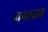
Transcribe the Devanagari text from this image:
नामातच